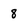
Character: 8